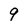
Character: 9